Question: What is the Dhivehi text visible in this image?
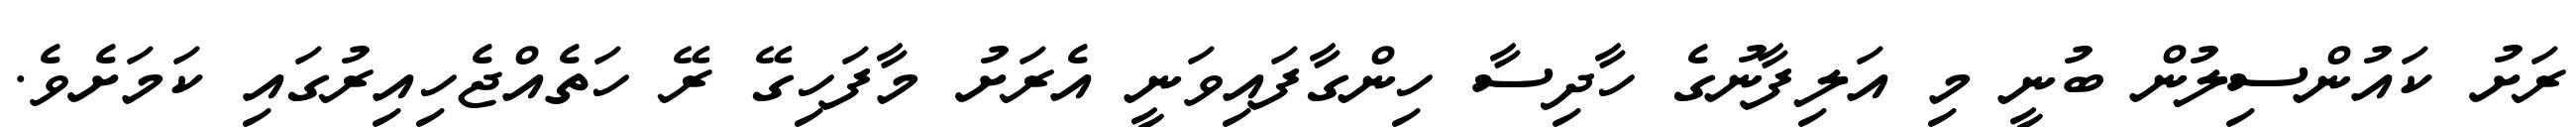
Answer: ރަށު ކައުންސިލުން ބުނީ މި އަލިފާނުގެ ހާދިސާ ހިންގާފައިވަނީ އެރަށު މާފަހިގޭ ރޭ ހަތެއްޖެހިއިރުގައި ކަމަށެވެ.